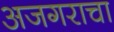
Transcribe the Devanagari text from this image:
अजगराचा